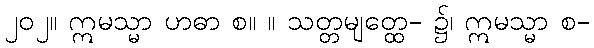
၂၀၂။ ဣမသ္မာ ဟဓာ စ။ ။ သတ္တမျတ္ထေ- ၌၊ ဣမသ္မာ စ-